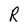
Character: R